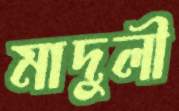
মাদুলী